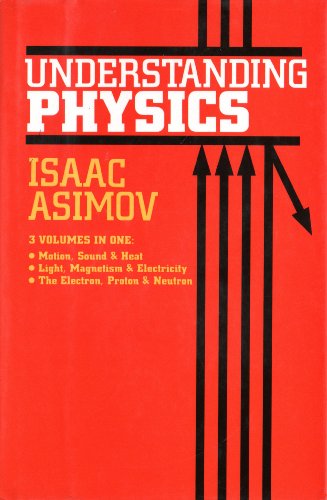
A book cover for Understanding Physics (Motion, Sound, and Heat / Light, Magnetism, and Electricity / The Electron, Proton, and Neutron); Isaac Asimov; Science & Math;